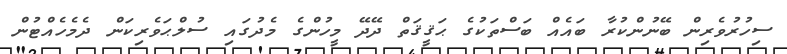
ސިހުރުވެރިން ބޭނުންކުރާ ބައެއް ބަސްތަކުގެ ޙަޤީޤަތް ދޭދޭ މީހުންގެ މެދުގައި ސުލްޙަވެރިކަން ދެމެހެއްޓުން